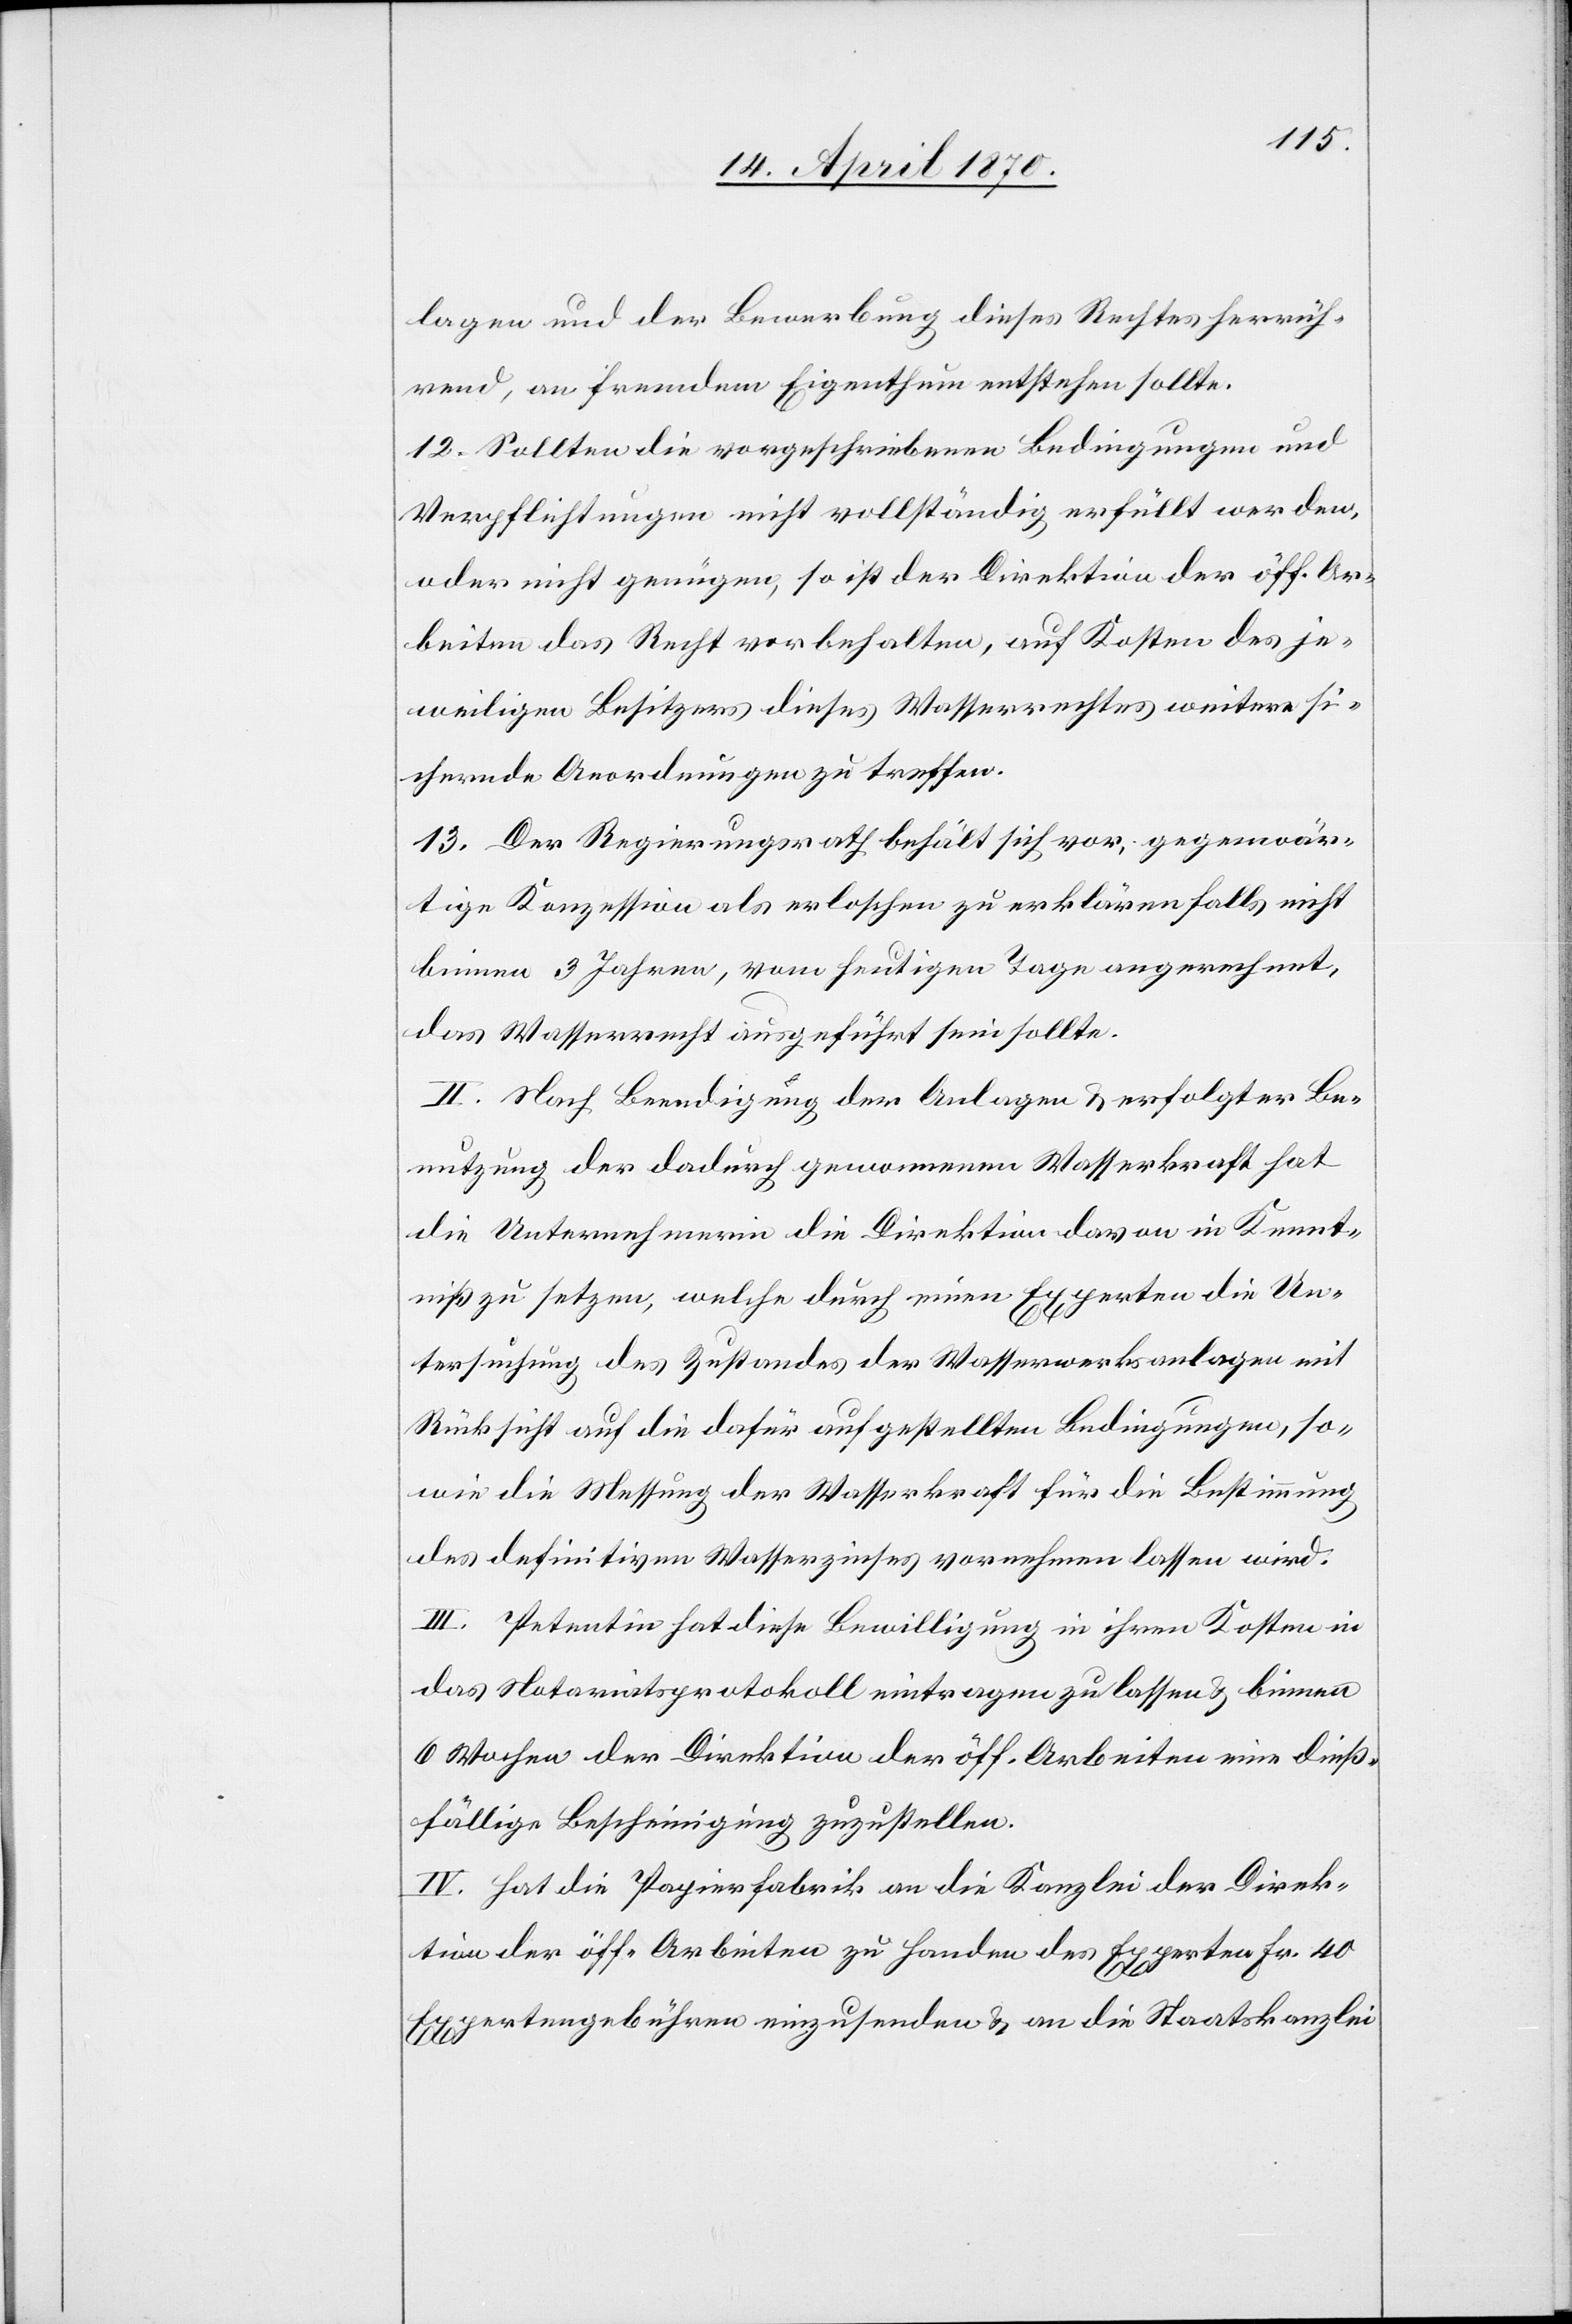
lagen und der Bewerbung dieses Rechtes herrüh¬
rend, an fremdem Eigenthum entstehen sollte.
12. Sollten die vorgeschriebenen Bedingungen und
Verpflichtungen nicht vollständig erfüllt werden,
oder nicht genügen, so ist der Direktion der öff. Ar¬
beiten das Recht vorbehalten, auf Kosten des je¬
weiligen Besitzers dieses Wasserrechtes weitere si¬
chernde Anordnungen zu treffen.
13. Der Regierungsrath behält sich vor, gegenwär¬
tige Konzession als erloschen zu erklären falls nicht
binnen 3 Jahren, vom heutigen Tage angerechnet,
das Wasserrecht ausgeführt sein sollte.
II. Nach Beendigung der Anlagen & erfolgter Be¬
nutzung der dadurch gewonnenen Wasserkraft hat
die Unternehmerin die Direktion davon in Kennt¬
niß zu setzen, welche durch einen Experten die Un¬
tersuchung des Zustandes der Wasserwerksanlagen mit
Rücksicht auf die dafür aufgestellten Bedingungen, so¬
wie die Messung der Wasserkraft für die Bestimmung
des definitiven Wasserzinses vornehmen lassen wird.
III. Petentin hat diese Bewilligung in ihren Kosten in
das Notariatsprotokoll eintragen zu lassen & binnen
6 Wochen der Direktion der öff. Arbeiten eine dieß¬
fällige Bescheinigung zuzustellen.
IV. Hat die Papierfabrik an die Kanzlei der Direk¬
tion der öff. Arbeiten zu Handen des Experten Fr. 40
Expertengebühren einzusenden & an die Staatskanzlei